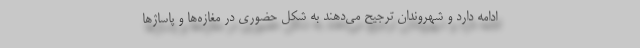
ادامه دارد و شهروندان ترجیح می‌دهند به شکل حضوری در مغازه‌ها و پاساژها